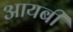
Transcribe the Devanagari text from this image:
आयबी